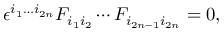
\epsilon ^ { i _ { 1 } \ldots i _ { 2 n } } F _ { i _ { 1 } i _ { 2 } } \cdots F _ { i _ { 2 n - 1 } i _ { 2 n } } = 0 ,